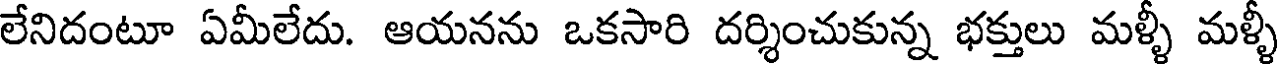
లేనిదంటూ ఏమీలేదు. ఆయనను ఒకసారి దర్శించుకున్న భక్తులు మళ్ళీ మళ్ళీ